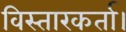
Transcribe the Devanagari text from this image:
विस्तारकर्ता।